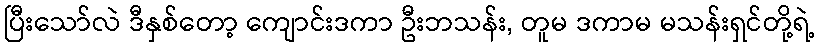
ပြီးသော်လဲ ဒီနှစ်တော့ ကျောင်းဒကာ ဦးဘသန်း, တူမ ဒကာမ မသန်းရှင်တို့ရဲ့